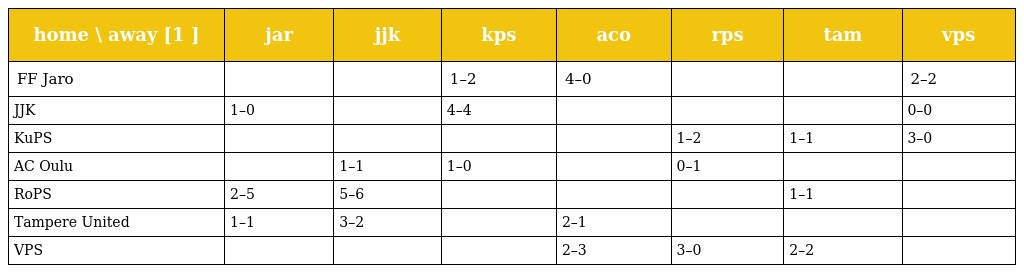
| home \ away [1 ] | jar | jjk | kps | aco | rps | tam | vps |
 | --- | --- | --- | --- | --- | --- | --- | --- |
 | FF Jaro |  |  | 1–2 | 4–0 |  |  | 2–2 |
 | JJK | 1–0 |  | 4–4 |  |  |  | 0–0 |
 | KuPS |  |  |  |  | 1–2 | 1–1 | 3–0 |
 | AC Oulu |  | 1–1 | 1–0 |  | 0–1 |  |  |
 | RoPS | 2–5 | 5–6 |  |  |  | 1–1 |  |
 | Tampere United | 1–1 | 3–2 |  | 2–1 |  |  |  |
 | VPS |  |  |  | 2–3 | 3–0 | 2–2 |  |